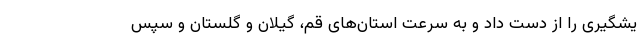
یشگیری را از دست داد و به سرعت استان‌های قم، گیلان و گلستان و سپس